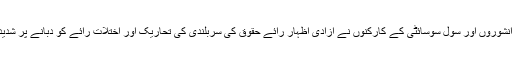
ادھر صحافیوں، ایڈیٹرز، دانشوروں اور سول سوسائٹی کے کارکنوں نے آزادی اظہار رائے حقوق کی سربلندی کی تحاریک اور اختلات رائے کو دبانے پر شدید تحفظات کا اظہارکیا ہے۔